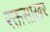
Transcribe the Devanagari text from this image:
रक्तसाखर